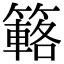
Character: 簵